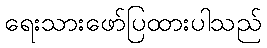
ရေးသားဖော်ပြထားပါသည်